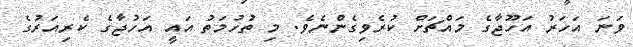
ވަނަ އަހަރު އަހޫޖާގެ މައްޗަށް ކުރެވިގެންނެވެ. މި ތުހުމަތު އައީ އަހުޖާގެ ކެރިއަރުގެ